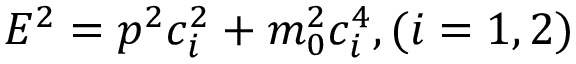
E ^ { 2 } = p ^ { 2 } c _ { i } ^ { 2 } + m _ { 0 } ^ { 2 } c _ { i } ^ { 4 } , ( i = 1 , 2 )